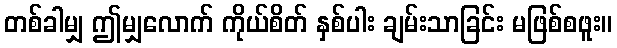
တစ်ခါမျှ ဤမျှလောက် ကိုယ်စိတ် နှစ်ပါး ချမ်းသာခြင်း မဖြစ်စဖူး။